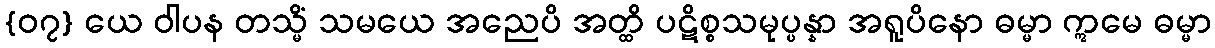
{၀၇} ယေ ဝါပန တသ္မိံ သမယေ အညေပိ အတ္ထိ ပဋိစ္စသမုပ္ပန္နာ အရူပိနော ဓမ္မာ ဣမေ ဓမ္မာ